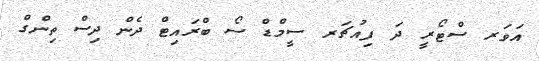
އަވަރ ސްޓޯރީ ދަ ފިއުޗަރ ސީމްޑް ސޯ ބްރައިޓް ދެން ދިސް ތިންގް